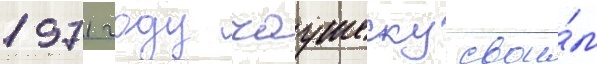
1971 году чаушеску свои́м